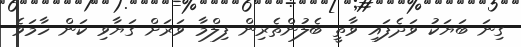
ގިނަ ބަޔަކު ވަދެފައި ވާތީ ބެލުންތެރިން ފިލްމާ ވަރަށް ގަޔާވި ކަން ހާމަވެ